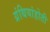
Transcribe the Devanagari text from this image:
ग्रंथियांहोती